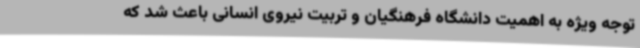
توجه ویژه به اهمیت دانشگاه فرهنگیان و تربیت نیروی انسانی باعث شد که